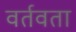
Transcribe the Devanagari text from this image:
वर्तवता